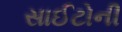
સાઈટોની